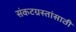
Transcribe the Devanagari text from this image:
संकटग्रस्तांसाठी